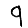
Digit: 9